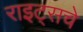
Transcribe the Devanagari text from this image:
राइट्सचे